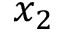
x _ { 2 }